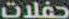
حفلات